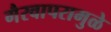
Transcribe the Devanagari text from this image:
गैरवापरामुळे